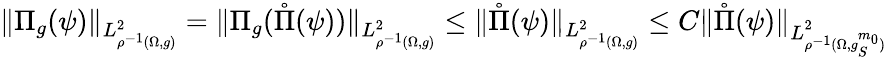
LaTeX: \| \Pi_{g}(\psi)\| _{L_{\rho^{-1}(\Omega,g)}^{2}}=\| \Pi_{g}(\mathring\Pi(\psi))\| _{L_{\rho^{-1}(\Omega,g)}^{2}}\leq\| \mathring\Pi(\psi)\| _{L_{\rho^{-1}(\Omega,g)}^{2}}\leq C\| \mathring\Pi(\psi)\| _{L_{\rho^{-1}(\Omega,g_{S}^{m_{0}})}^{2}}